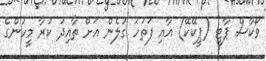
ވޯކާސް ޕާޓީ (ޕީކޭކޭ) އާއި ފަތުހު ގުލެން އަށް ތާއިދު ކުރާ މީހުންގެ